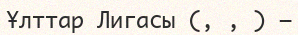
Ұлттар Лигасы (, , ) —